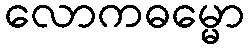
လောကဓမ္မော